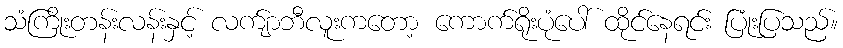
သံကြိုးတန်းလန်းနှင့် လက်ျာဘီလူးကတော့ ကောက်ရိုးပုံပေါ် ထိုင်နေရင်း ပြုံးပြသည်။